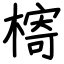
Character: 槣